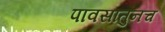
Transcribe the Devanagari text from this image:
पावसातुनच